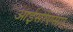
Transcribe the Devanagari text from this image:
आईसीएसए